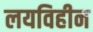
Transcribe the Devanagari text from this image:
लयविहीन